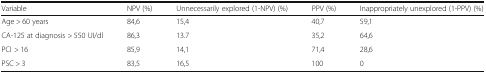
| Variable | NPV (%) | Unnecessarily explored (1-NPV) (%) | PPV (%) | Inappropriately unexplored (1-PPV) (%) |
 | --- | --- | --- | --- | --- |
 | Age > 60 years | 84,6 | 15,4 | 40,7 | 59,1 |
 | CA-125 at diagnosis > 550 UI/dl | 86,3 | 13.7 | 35,2 | 64,6 |
 | PCI > 16 | 85,9 | 14,1 | 71,4 | 28,6 |
 | PSC > 3 | 83,5 | 16,5 | 100 | 0 |